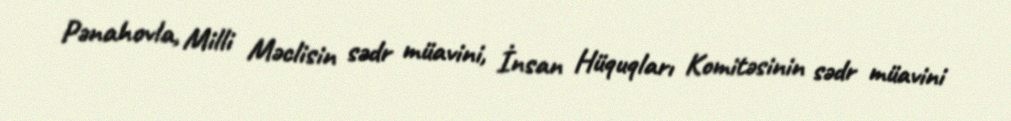
Pənahovla, Milli Məclisin sədr müavini, İnsan Hüquqları Komitəsinin sədr müavini